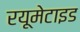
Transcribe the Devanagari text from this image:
रयूमेटाइड